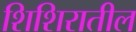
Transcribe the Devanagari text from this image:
शिशिरातील